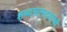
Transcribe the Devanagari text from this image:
शब्दसामर्थ्याची